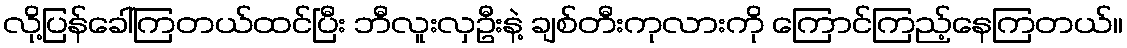
လို့ပြန်ခေါ်ကြတယ်ထင်ပြီး ဘီလူးလှဦးနဲ့ ချစ်တီးကုလားကို ကြောင်ကြည့်နေကြတယ်။